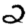
Digit: 2